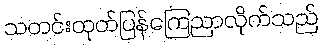
သတင်းထုတ်ပြန်ကြေညာလိုက်သည်